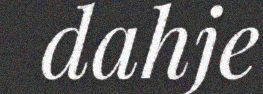
dahje